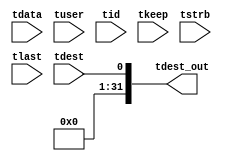

//*****************************************************************************
// (c) Copyright 2013 Xilinx, Inc. All rights reserved.
//
// This file contains confidential and proprietary information
// of Xilinx, Inc. and is protected under U.S. and
// international copyright and other intellectual property
// laws.
//
// DISCLAIMER
// This disclaimer is not a license and does not grant any
// rights to the materials distributed herewith. Except as
// otherwise provided in a valid license issued to you by
// Xilinx, and to the maximum extent permitted by applicable
// law: (1) THESE MATERIALS ARE MADE AVAILABLE "AS IS" AND
// WITH ALL FAULTS, AND XILINX HEREBY DISCLAIMS ALL WARRANTIES
// AND CONDITIONS, EXPRESS, IMPLIED, OR STATUTORY, INCLUDING
// BUT NOT LIMITED TO WARRANTIES OF MERCHANTABILITY, NON-
// INFRINGEMENT, OR FITNESS FOR ANY PARTICULAR PURPOSE; and
// (2) Xilinx shall not be liable (whether in contract or tort,
// including negligence, or under any other theory of
// liability) for any loss or damage of any kind or nature
// related to, arising under or in connection with these
// materials, including for any direct, or any indirect,
// special, incidental, or consequential loss or damage
// (including loss of data, profits, goodwill, or any type of
// loss or damage suffered as a result of any action brought
// by a third party) even if such damage or loss was
// reasonably foreseeable or Xilinx had been advised of the
// possibility of the same.
//
// CRITICAL APPLICATIONS
// Xilinx products are not designed or intended to be fail-
// safe, or for use in any application requiring fail-safe
// performance, such as life-support or safety devices or
// systems, Class III medical devices, nuclear facilities,
// applications related to the deployment of airbags, or any
// other applications that could lead to death, personal
// injury, or severe property or environmental damage
// (individually and collectively, "Critical
// Applications"). Customer assumes the sole risk and
// liability of any use of Xilinx products in Critical
// Applications, subject only to applicable laws and
// regulations governing limitations on product liability.

`timescale 1ps/1ps

module tdest_m3_for_arty_a7_axis_subset_converter_0_1 #
(
parameter C_S_AXIS_TDATA_WIDTH = 32,
parameter C_S_AXIS_TUSER_WIDTH = 0,
parameter C_S_AXIS_TID_WIDTH   = 0,
parameter C_S_AXIS_TDEST_WIDTH = 0,
parameter C_M_AXIS_TDEST_WIDTH = 32
)
(
input  [(C_S_AXIS_TDATA_WIDTH == 0 ? 1 : C_S_AXIS_TDATA_WIDTH)-1:0     ] tdata,
input  [(C_S_AXIS_TUSER_WIDTH == 0 ? 1 : C_S_AXIS_TUSER_WIDTH)-1:0     ] tuser,
input  [(C_S_AXIS_TID_WIDTH   == 0 ? 1 : C_S_AXIS_TID_WIDTH)-1:0       ] tid,
input  [(C_S_AXIS_TDEST_WIDTH == 0 ? 1 : C_S_AXIS_TDEST_WIDTH)-1:0     ] tdest,
input  [(C_S_AXIS_TDATA_WIDTH/8)-1:0 ] tkeep,
input  [(C_S_AXIS_TDATA_WIDTH/8)-1:0 ] tstrb,
input                                                                    tlast,
output [C_M_AXIS_TDEST_WIDTH-1:0] tdest_out
);

assign tdest_out = {tdest[0:0]};

endmodule